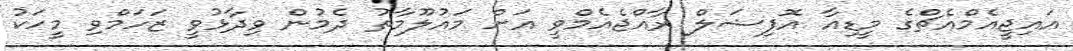
އައިޖީއެމްއެޗްގެ މީޑިއާ އޮފިޝަލް ރާއްޖެއެމްވީ އަށް މައުލޫމާތު ދެމުން ވިދާޅުވީ ޒަހަމްވި މީހަކު